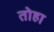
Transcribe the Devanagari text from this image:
तोहा